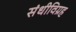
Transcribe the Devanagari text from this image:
संधीविग्रह